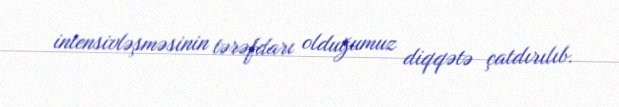
intensivləşməsinin tərəfdarı olduğumuz diqqətə çatdırılıb.